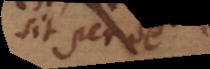
sit per